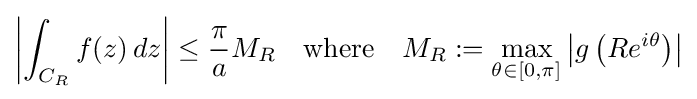
\left|\int _{C_{R}}f(z)\,dz\right|\leq {\frac {\pi }{a}}M_{R}\quad {\text{where}}\quad M_{R}:=\max _{\theta \in [0,\pi ]}\left|g\left(Re^{i\theta }\right)\right|